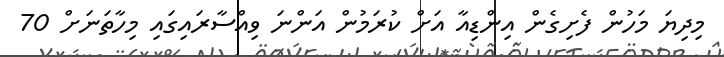
މިދިޔަ މަހުން ފެށިގެން އިންޑިއާ އަށް ކުރަމުން އަންނަ ވިއްސާރައިގައި މިހާތަނަށް 70